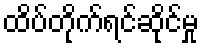
ထိပ်တိုက်ရင်ဆိုင်မှု